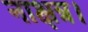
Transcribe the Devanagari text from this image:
नाक्षत्र।